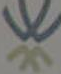
*